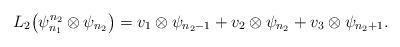
LaTeX: \begin{align*}L_2 \big(\psi_{n_1}^{n_2}\otimes \psi_{n_2}\big)= v_1 \otimes \psi_{n_2-1}+v_2 \otimes \psi_{n_2}+v_3 \otimes \psi_{n_2+1}.\end{align*}